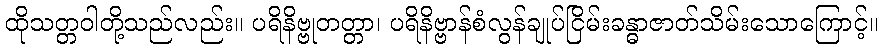
ထိုသတ္တဝါတို့သည်လည်း။ ပရိနိဗ္ဗုတတ္တာ၊ ပရိနိဗ္ဗာန်စံလွန်ချုပ်ငြိမ်းခန္ဓာဇာတ်သိမ်းသောကြောင့်။